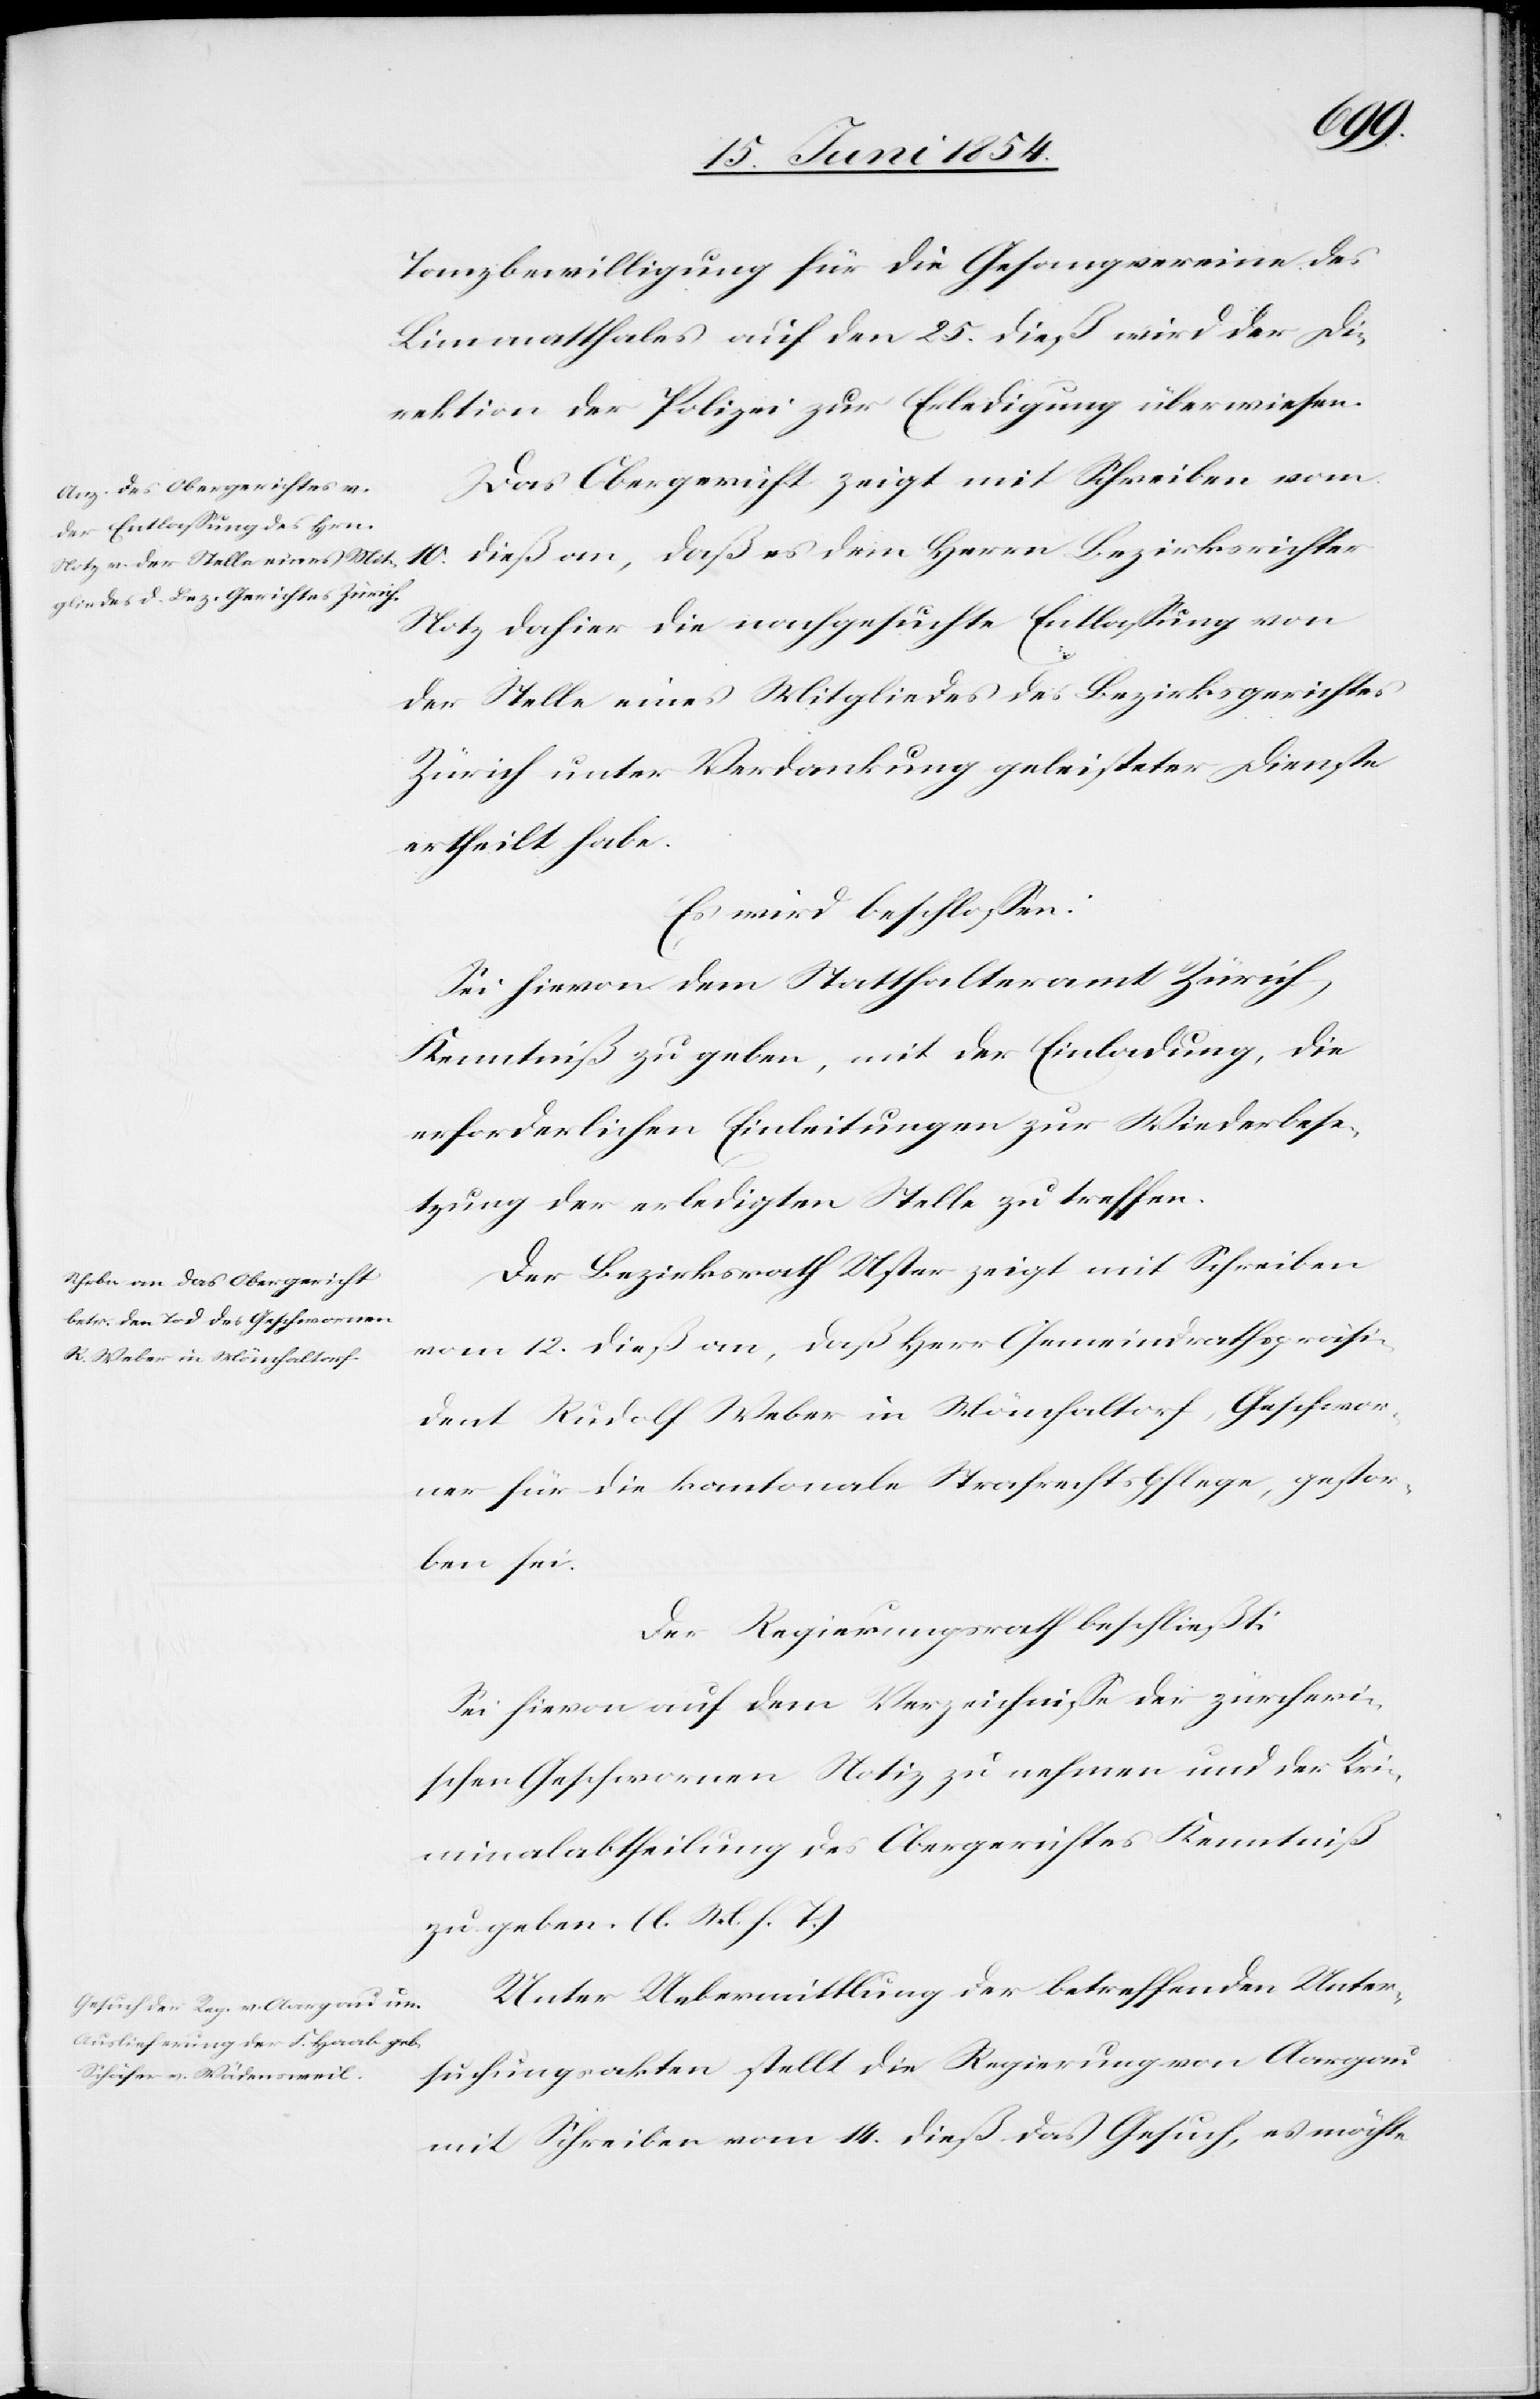
Tanzbewilligung für die Gesangvereine des
Limmatthales auf den 25. dieß wird der Di¬
rektion der Polizei zur Erledigung überwiesen.
Das Obergericht zeigt mit Schreiben vom
10. dieß an, daß es dem Herrn Bezirksrichter
Notz dahier die nachgesuchte Entlaßung von
der Stelle eines Mitgliedes des Bezirksgerichtes
Zürich unter Verdankung geleisteter Dienste
ertheilt habe.
Es wird beschloßen:
Sie hievon dem Statthalteramt Zürich
Kenntniß zu geben, mit der Einladung, die
erforderlichen Einleitungen zur Wiederbese¬
tzung der erledigten Stelle zu treffen.
Der Bezirksrath Uster zeigt mit Schreiben
vom 12. dieß an, daß Herr Gemeindrathspräsi¬
dent Rudolf Weber in Mönchaltorf, Geschwor¬
ner für die kantonale Strafrechtspflege, gestor¬
ben sei.
Der Regierungsrath beschließt:
Sei hievon auf dem Verzeichniße der zürcheri¬
schen Geschwornen Notiz zu nehmen und der Kri¬
minalabtheilung des Obergerichtes Kenntniß
zu geben. (l. M. h. T.)
Unter Uebermittlung der betreffenden Unter¬
suchungsakten stellt die Regierung von Aargau
mit Schreiben vom 14. dieß das Gesuch, es möchte